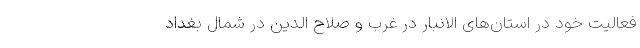
فعالیت خود در استان‌های الانبار در غرب و صلاح الدین در شمال بغداد